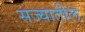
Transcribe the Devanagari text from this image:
सज्यातील